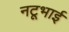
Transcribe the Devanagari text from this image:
नटूभाई